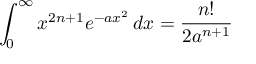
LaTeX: \int _ { 0 } ^ { \infty } x ^ { 2 n + 1 } e ^ { - a x ^ { 2 } } \, d x = { \frac { n ! } { 2 a ^ { n + 1 } } }